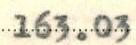
163.03